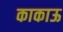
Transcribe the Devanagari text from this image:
काकाऊ